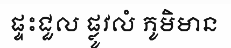
ផ្ទះជួល ផ្លូវលំ ភូមិមាន